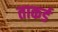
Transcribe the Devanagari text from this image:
ताकर्ड